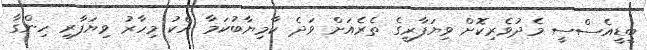
ބީޑީއެސްސީ މެދުވެރިކޮށް ވިޔަފާރީގެ ތެރެއަށް ވަދެ ކާމިޔާބުކަމާ އެކު މިހާރު ވިޔަފާރި ހިންގާ